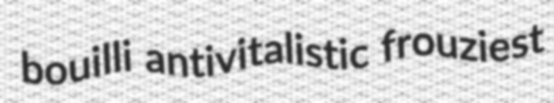
bouilli antivitalistic frouziest